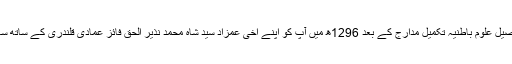
بیعت تو سترہ برس کی عمر میں ہو چکی تھی اور تحصیل علوم باطنیہ تکمیل مدارج کے بعد 1296ھ میں آپ کو اپنے اخی عمزاد سید شاہ محمد نذیر الحق فائز عمادی قلندری کے ساتھ ساتھ علی امیر الحق نے اجازت و خلافت عنایت فرمائی۔